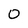
Character: 0